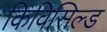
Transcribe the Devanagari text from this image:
किविसिल्ड